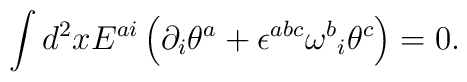
\int d^2 x E^{a i}  \left(    \partial_i \theta^a + \epsilon^{a b c} {\omega^b}_i \theta^c  \right) = 0.